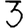
Digit: 3